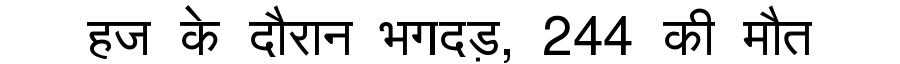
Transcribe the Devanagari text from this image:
हज के दौरान भगदड़, 244 की मौत